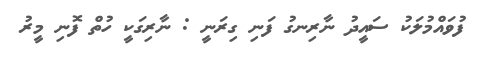
ފުވައްމުލަކު ސައީދު ނާރިނގު ފަނި ގިރަނީ : ނާރިގަކީ ހުތް ފޮނި މީރު